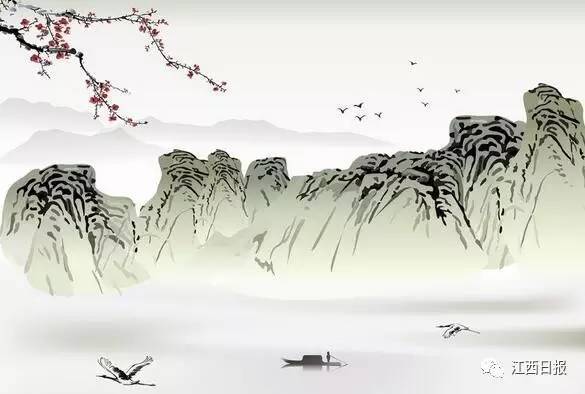
无可奈何花落去，似曾相识燕归来。